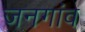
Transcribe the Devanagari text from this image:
जनगांव